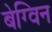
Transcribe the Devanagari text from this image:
बेग्विन